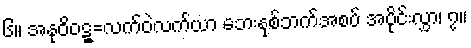
၆။ အနုဝိဝဋ္ဋ=လက်ဝဲလက်ယာ ဘေးနှစ်ဘက်အစပ် အပိုင်းလွှာ၊ ၇။